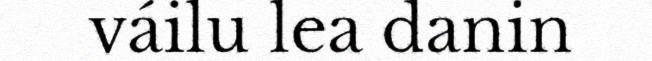
váilu lea danin